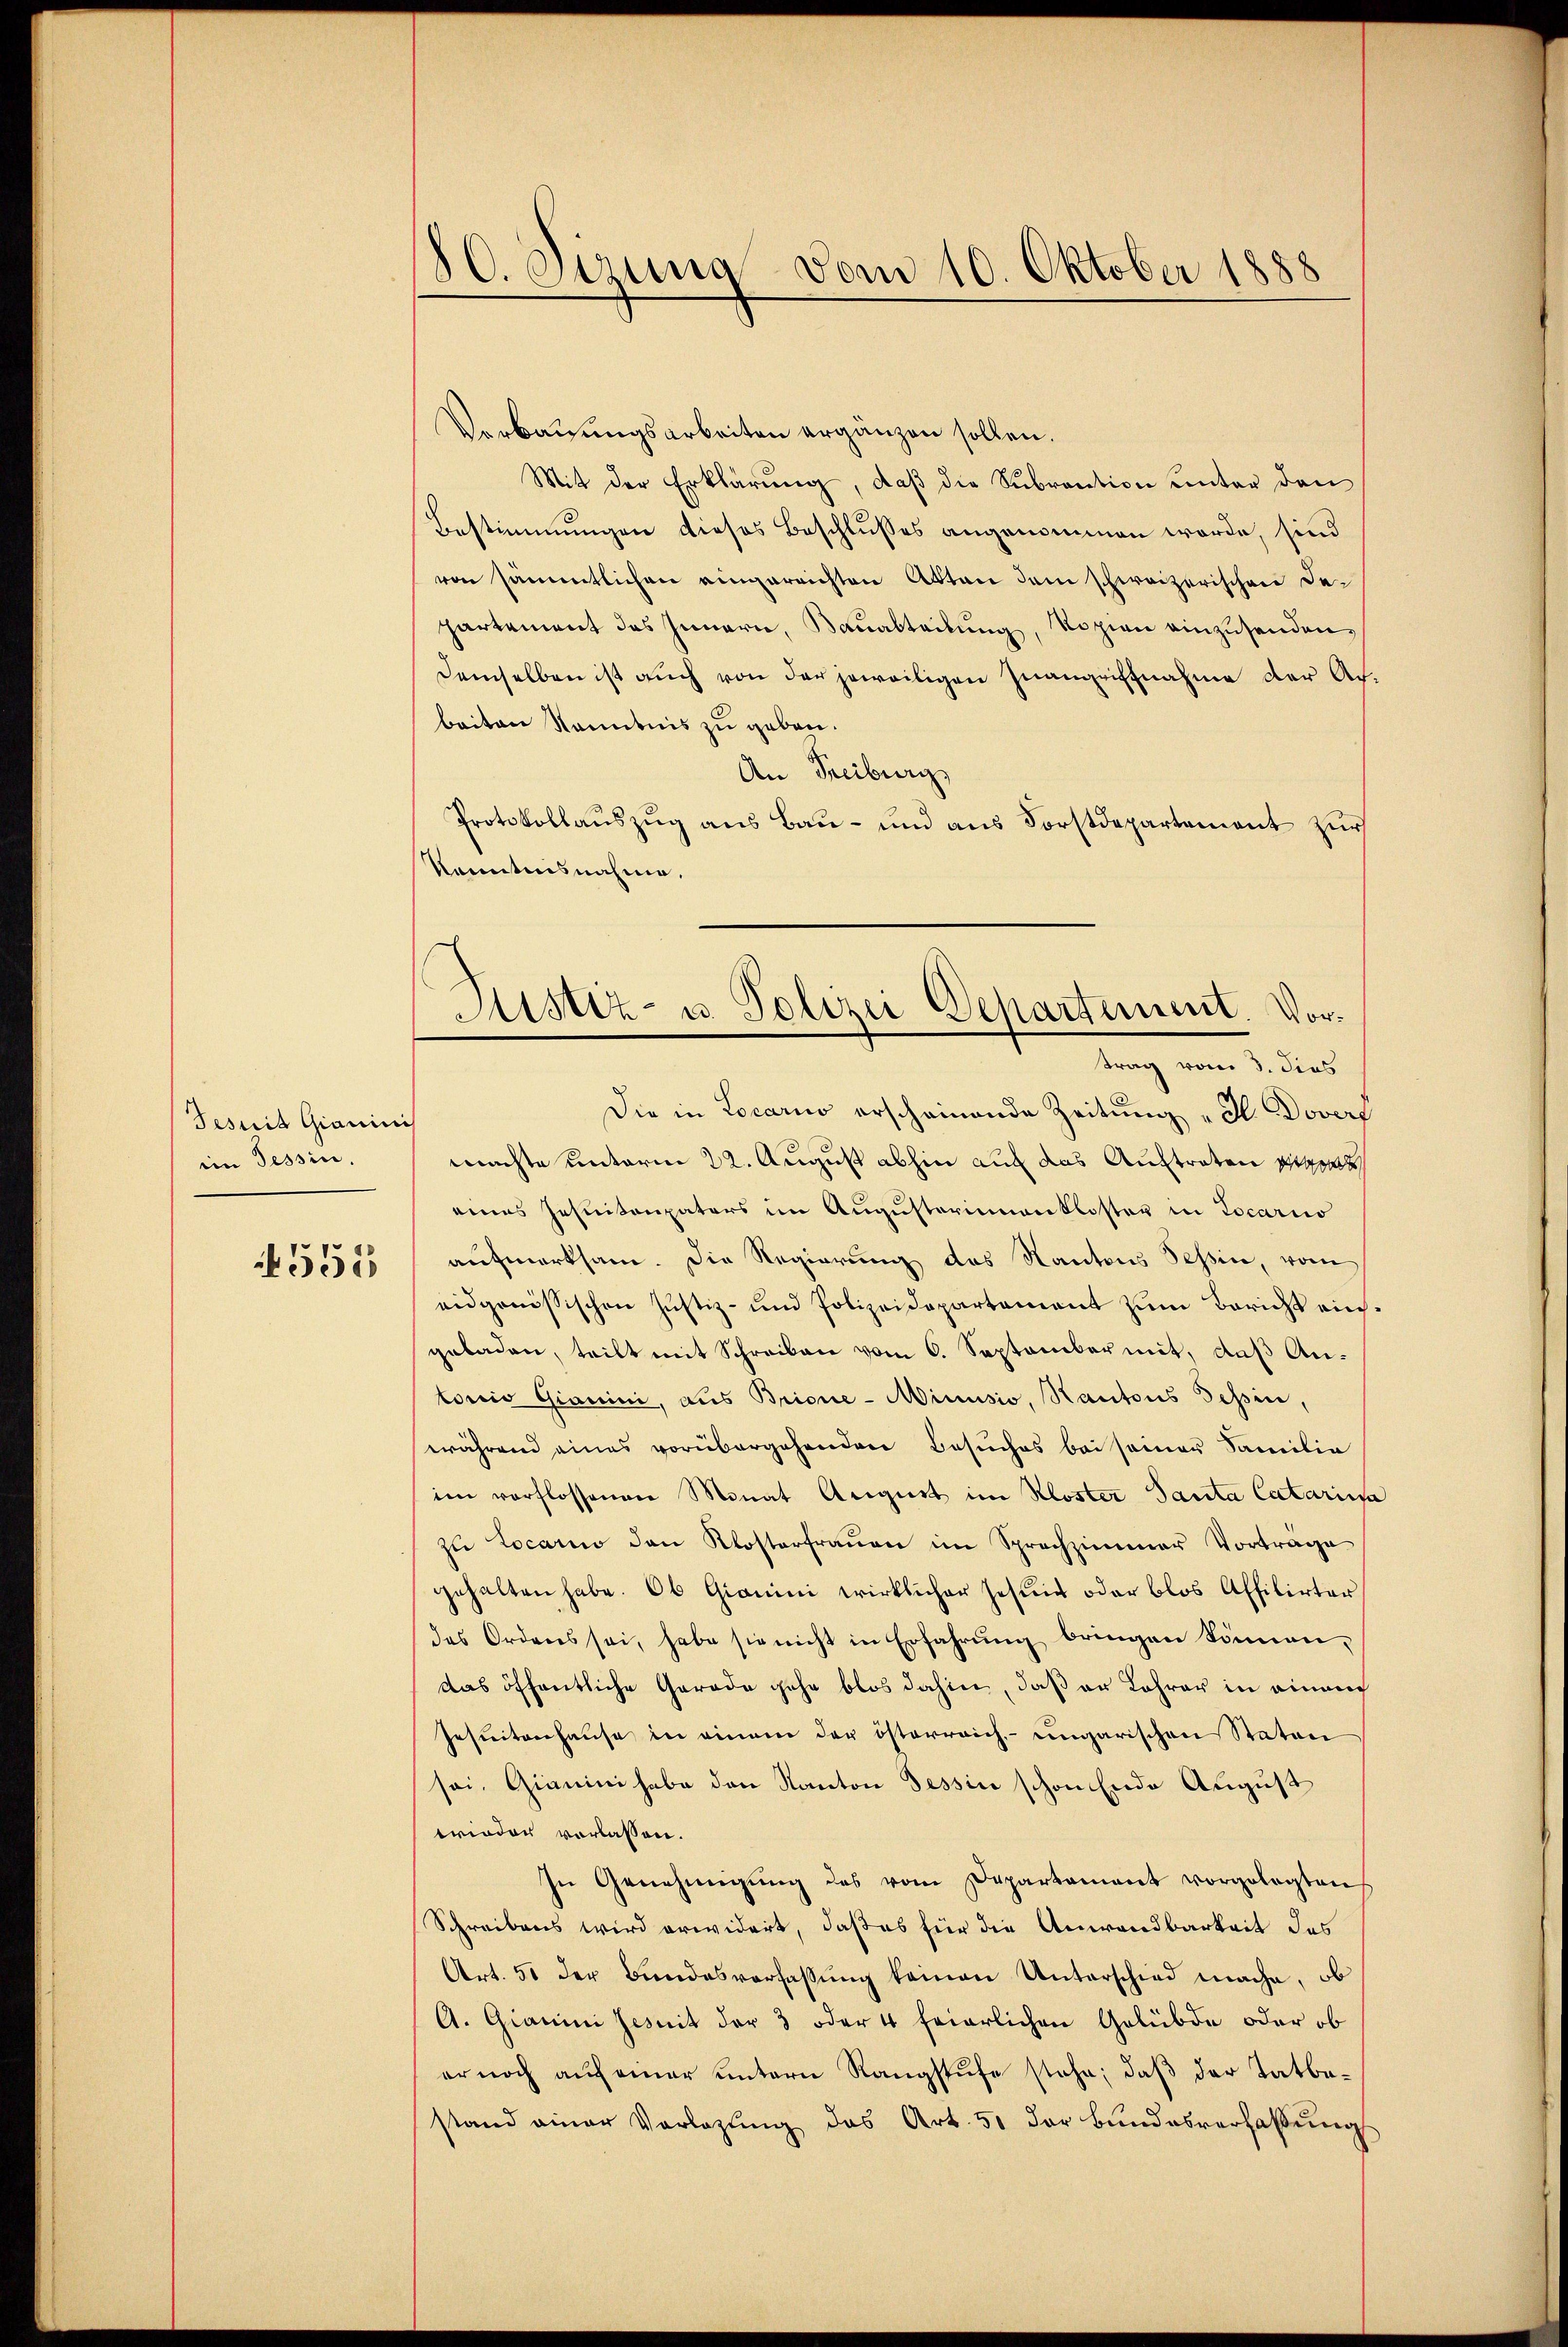
Jesuit Gianici
iin Tessin.

551

80. Sirung vom 10. Oktober 1888

Verbaŭŭngsarbeiten ergänzen sollen.
Mit der Erklärung, daß die Subrantion unter den
Bestimmungen dieses Beschlusses angenommen werde, sind
von sämmtlichen eingereichten Akten dem schweizerischen Departement des Innern, Bauabteilung, Kopien einzusenden,
Demselben ist auch von der jeweiligen Inangriffnahme der Acbeiten kanntnis zu geben.
An Freiburg
Protokollauszug aus Bau- und aus Forstdepartement zur
Kenntnisnahme.
d
Die in Locario erscheinende Zeitung „d Dovere
machte unterm 22. August abhin auf das Auftraten Stadt,
eines Jesuitenpaters im Augusterinnenkloster in Locario
aŭfmerksam. Die Regierung des Kantons Tessin, vom
eidgenössischen Justiz- und Polizeidepartament zum Bericht einsgeladen, teilt mit Schreiben vom 6. September mit, daβ An-
torio Gianini, aus Brione - Minusio, Kantons Tessin,
während eines vorübergehenden Besuches bei seiner Familie
im verflossenen Monat August im Kloster Panta Catarissa
zŭ Locarno den Klosterfraŭen im Sprechzimmer Vortrage
gehalten habe. Ob Gianini wirklicher Jesuit oder blos Affilirter
das Ordenes sei, habe sie nicht in Erfahrung bringen können,
das öffentliche Gerade gehe blos dahin, daß er Lehrer in einem
Jesuitenhaŭse in einem der österreich ungarischen Staten
sei, Gianini habe den Kanton Tessin schon Ende August
wieder verlassen.
In Genehmigŭng des vom Departament vorgelegten
Schreibens wird erwidert, daß es für die Anwandbarkeit des
Art. 51 der Bundesverfassŭng keinen Unterschied mache, ob
A. Gianini Jesuit der 3 oder 4 feierlichen Gelübde oder ob
er noch aŭf einer ŭntern Rangstŭfe stehe, daβ der Tatbestand einer Vorlegŭng das Art. 51 der Bŭndesverfaβŭng

Sistiz- u. Polizei Departement. Vortrag vom 3. dies